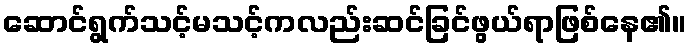
ဆောင်ရွက်သင့်မသင့်ကလည်းဆင်ခြင်ဖွယ်ရာဖြစ်နေ၏။